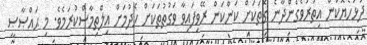
ދުޅަހެޔޮކަން އިތުރުވެގެންދާނެ ގޮތަކަށް ކަންކަން ރޭވިފައިވާ ވަގުތުތަކަށް ހެދުމަށް އިލްތިމާސްކުރަމެވެ. މި ޙައްޞާޞީ